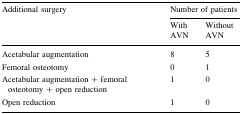
<table><thead><tr><td rowspan="2"><b>Additional surgery</b></td><td colspan="2"><b>Number of patients</b></td></tr><tr><td><b>With AVN</b></td><td><b>Without AVN</b></td></tr></thead><tbody><tr><td>Acetabular augmentation</td><td>8</td><td>5</td></tr><tr><td>Femoral osteotomy</td><td>0</td><td>1</td></tr><tr><td>Acetabular augmentation + femoral osteotomy + open reduction</td><td>1</td><td>0</td></tr><tr><td>Open reduction</td><td>1</td><td>0</td></tr></tbody></table>